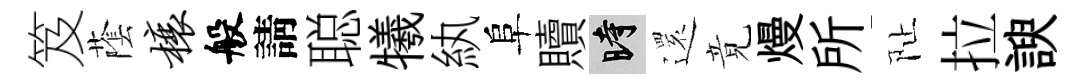
笈䕃榱般請聪犧紈阜贖时𮟃竟熳所阯拉諛